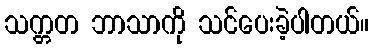
သက္တတ ဘာသာကို သင်ပေးခဲ့ပါတယ်။